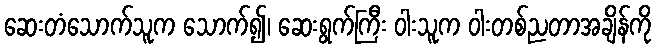
ဆေးတံသောက်သူက သောက်၍၊ ဆေးရွက်ကြီး ဝါးသူက ဝါးတစ်ညတာအချိန်ကို